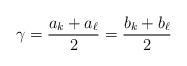
LaTeX: \begin{align*}\gamma = \frac{a_k+a_{\ell}}{2} = \frac{b_k+ b_{\ell}}{2} \end{align*}